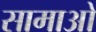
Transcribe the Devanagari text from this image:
सामाओ